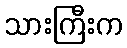
သားကြီးက